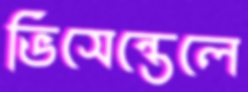
ভিসেন্তেলে